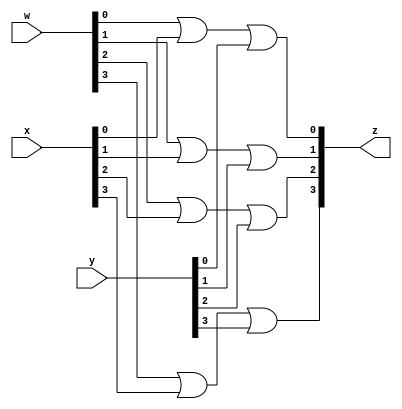
module Or12Bit(input [3:0] w, x, y, output [3:0] z);
   or(z[0], w[0], x[0], y[0]);
   or(z[1], w[1], x[1], y[1]);
   or(z[2], w[2], x[2], y[2]);
   or(z[3], w[3], x[3], y[3]);
   
endmodule // Or12Bit